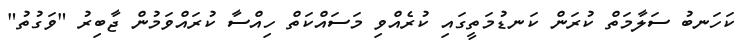
ކަހަނބު ސަލާމަތް ކުރަން ކަނޑުމަތީގައި ކުރެއްވި މަސައްކަތް ހިއްސާ ކުރައްވަމުން ޖާބިރު "ވަގުތު"